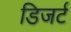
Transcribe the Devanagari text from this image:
डिजर्ट